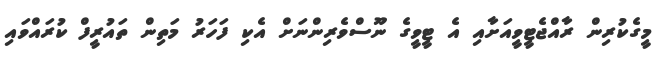
މީގެކުރިން ރާއްޖެޓީވީއަށާއި އެ ޓީވީގެ ނޫސްވެރިންނަށް އެކި ފަހަރު މަތިން ތައުރީފް ކުރައްވައި